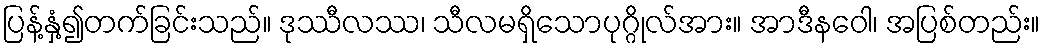
ပြန့်နှံ့၍တက်ခြင်းသည်။ ဒုဿီလဿ၊ သီလမရှိသောပုဂ္ဂိုလ်အား။ အာဒီနဝေါ၊ အပြစ်တည်း။